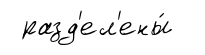
разд'ел'ены́